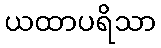
ယထာပရိသာ